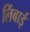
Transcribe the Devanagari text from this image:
लिंबाई